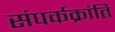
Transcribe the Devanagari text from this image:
संपर्कक्रांति